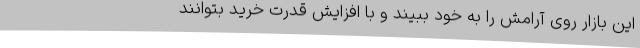
این بازار روی آرامش را به خود ببیند و با افزایش قدرت خرید بتوانند